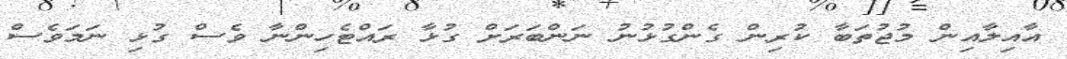
އާއިލާއިން މުޖުތަބާ ކުރިން ގެންގުޅުނު ނަންބަރަށް ގުޅާ ރައްޓެހިންނާ ވެސް ގުޅި ނަމަވެސް